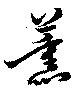
薫